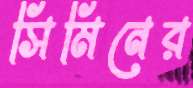
সিমিনের